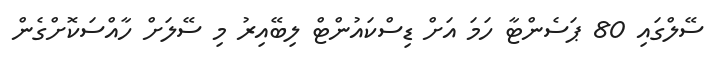
ސޭލްގައި 80 ޕަސެންޓާ ހަމަ އަށް ޑިސްކައުންޓް ލިބޭއިރު މި ސޭލަށް ހާއްސަކޮށްގެން